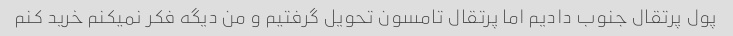
پول پرتقال جنوب دادیم اما پرتقال تامسون تحویل گرفتیم و من دیگه فکر نمیکنم خرید کنم